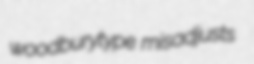
woodburytype misadjusts